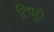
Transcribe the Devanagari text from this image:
टिपुचे